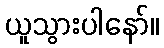
ယူသွားပါနော်။